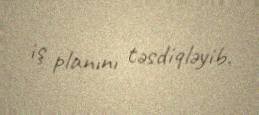
iş planını təsdiqləyib.